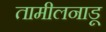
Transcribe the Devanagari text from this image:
तामीलनाडू